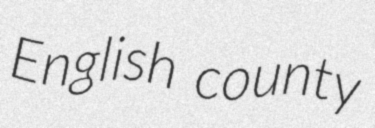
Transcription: English county